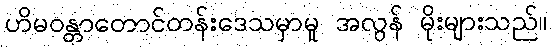
ဟိမဝန္တာတောင်တန်းဒေသမှာမူ အလွန် မိုးများသည်။